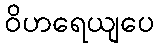
ဝိဟရေယျပေ